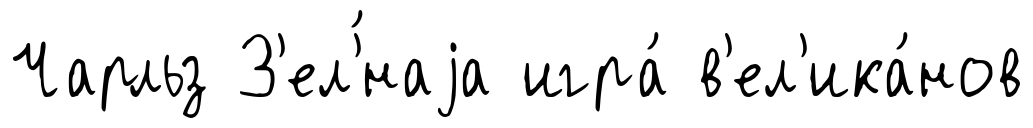
Чарльз З'ел'́наjа игра́ в'ел'ика́нов